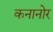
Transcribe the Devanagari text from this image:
कनानोर